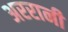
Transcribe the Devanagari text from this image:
अररानी